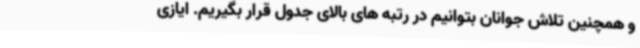
و همچنین تلاش جوانان بتوانیم در رتبه های بالای جدول قرار بگیریم. ایازی